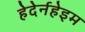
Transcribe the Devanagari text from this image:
हेदेर्नहेइम